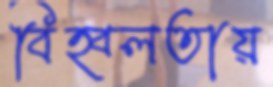
বিহ্বলতায়